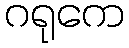
ဂရုကေ